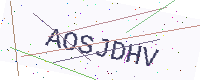
Text: AOSJDHV